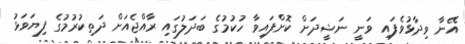
އޭނާ ވިދާޅުވެފައި ވަނީ ނަޝީދަށް ކޮށްފައިވާ ހުކުމުގެ ބަދަލުގައި ރާއްޖެއަށް ދަތިކުރުމުގެ ފިޔަވަޅު